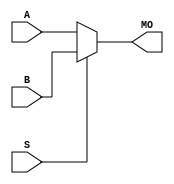
module cyclonev_bmux21 (MO, A, B, S);
   input [15:0] A, B;
   input 	S;
   output [15:0] MO; 
   assign MO = (S == 1) ? B : A; 
endmodule